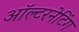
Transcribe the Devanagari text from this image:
ऑल्टरनेटिंग